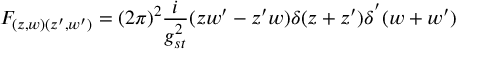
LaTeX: F _ { ( z , w ) ( z ^ { \prime } , w ^ { \prime } ) } = ( 2 \pi ) ^ { 2 } \frac { i } { g _ { s t } ^ { 2 } } ( z w ^ { \prime } - z ^ { \prime } w ) \delta ( z + z ^ { \prime } ) \delta ^ { ' } ( w + w ^ { \prime } )